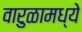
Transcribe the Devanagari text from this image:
वारुळामध्ये